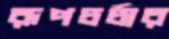
রূপচর্চার